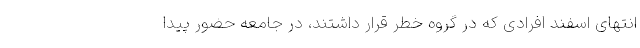
انتهای اسفند افرادی که در گروه خطر قرار داشتند، در جامعه حضور پیدا